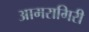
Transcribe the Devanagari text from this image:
आमरागिरी